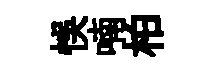
悞喃柏